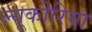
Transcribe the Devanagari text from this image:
ल्यूकोरिया